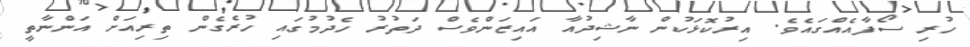
ހުރި ސޯފާއެއްގައެވެ. އިރުކޮޅަކުން ނާޝިދުއާ އައިޒަންވެސް ދަތުރު ހެދުމުގައި ހުރެގެން ތިރިއަށް އަންނާތީ